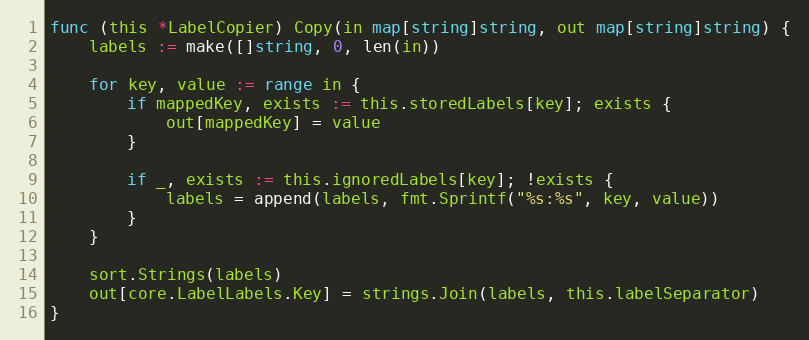
Language: Go
func (this *LabelCopier) Copy(in map[string]string, out map[string]string) {
	labels := make([]string, 0, len(in))

	for key, value := range in {
		if mappedKey, exists := this.storedLabels[key]; exists {
			out[mappedKey] = value
		}

		if _, exists := this.ignoredLabels[key]; !exists {
			labels = append(labels, fmt.Sprintf("%s:%s", key, value))
		}
	}

	sort.Strings(labels)
	out[core.LabelLabels.Key] = strings.Join(labels, this.labelSeparator)
}